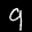
Label: 9